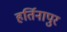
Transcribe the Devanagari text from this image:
हर्तिनापुर